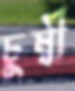
চুম্বী